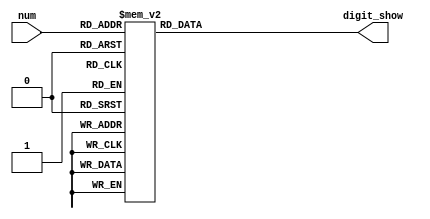
`timescale 1 ns / 1 ps
module seven_decoder(num,digit_show);
    input wire [3:0] num;
    output reg [7:0] digit_show;

    always @ (num)
        begin
          case (num)
            0:digit_show<=8'b11000000;
            1:digit_show<=8'b11111001;
            2:digit_show<=8'b10100100;
            3:digit_show<=8'b10110000;
            4:digit_show<=8'b10011001;
            5:digit_show<=8'b10010010;
            6:digit_show<=8'b10000010;
            7:digit_show<=8'b11111000;
            8:digit_show<=8'b10000000;
            9:digit_show<=8'b10010000;
            default:digit_show<=8'b11111111;
          endcase
        end
endmodule